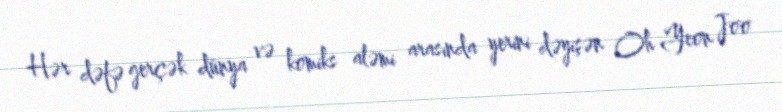
Hər dəfə gerçək dünya və komiks aləmi arasında yerini dəyişən Oh Yeon Joo